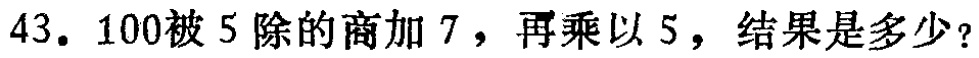
43. \(100\)被 \(5\)除的商加 \(7\)，再乘以 \(5\)，结果是多少？